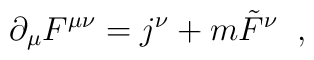
\partial_\mu F^{\mu\nu}=j^\nu+m\tilde{F}^\nu\;\;,